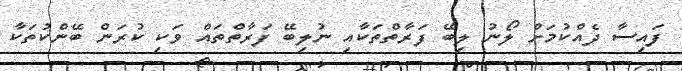
ފައިސާ ދެއްކުމަށް ލޯނު ލިބޭ ފަރާތްތަކާއި ނުލިބޭ ފަރާތްތައް ވަކި ކުރަން ބޭންކުތަކާ